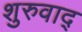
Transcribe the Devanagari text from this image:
शुरुवाद्